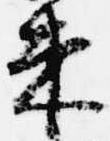
束